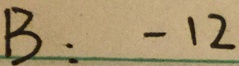
B : - 1 2